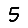
Digit: 5